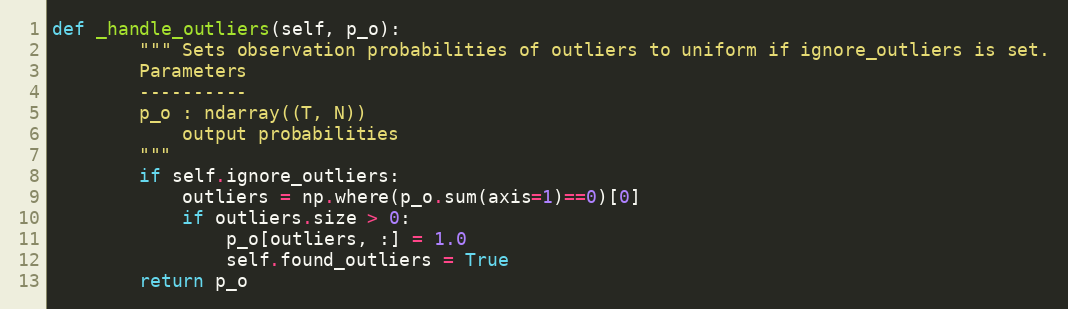
Language: Python
def _handle_outliers(self, p_o):
        """ Sets observation probabilities of outliers to uniform if ignore_outliers is set.
        Parameters
        ----------
        p_o : ndarray((T, N))
            output probabilities
        """
        if self.ignore_outliers:
            outliers = np.where(p_o.sum(axis=1)==0)[0]
            if outliers.size > 0:
                p_o[outliers, :] = 1.0
                self.found_outliers = True
        return p_o